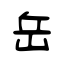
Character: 岳